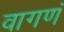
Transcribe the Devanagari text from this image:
वागणं